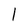
Character: l